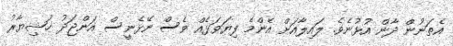
އެތަނުން ދާން އުޅުނެވެ. ލައިލާއަށް އެންމެ ފިޔަވަޅެއް ވެސް ނޭޅެނީސް އަންޖަދު ޚުޝިޔާރު